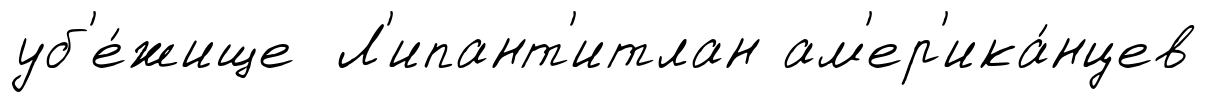
уб'е́жище Л'ипант'итлан ам'ер'ика́нцев